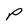
Character: P